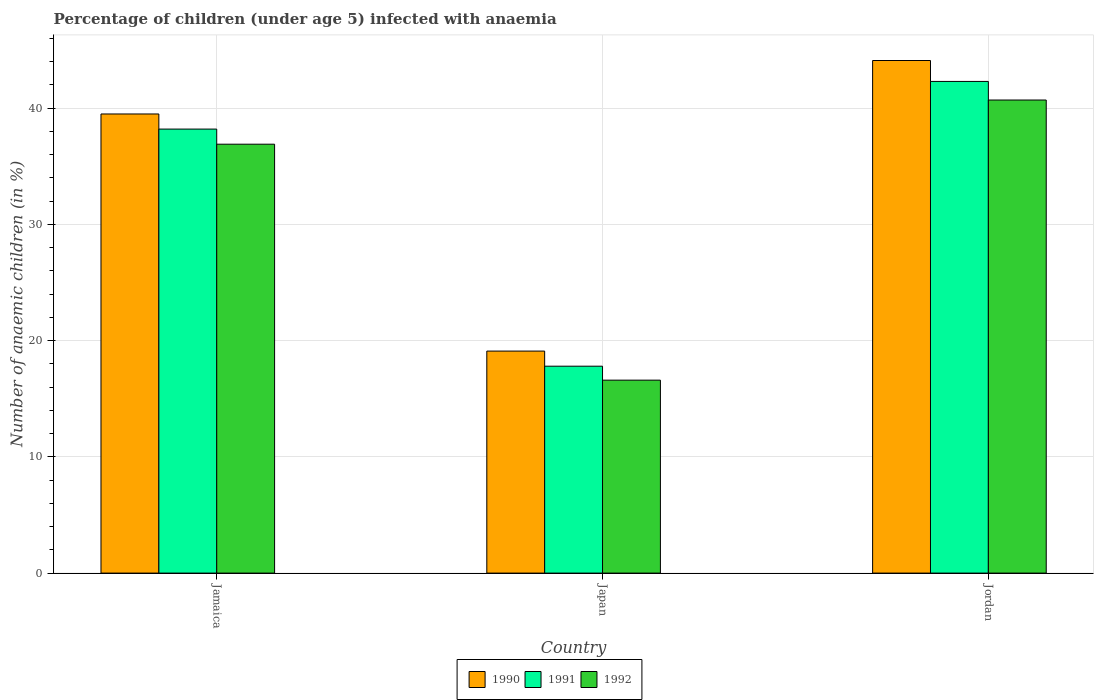
| Country | 1990 | 1991 | 1992 |
 | --- | --- | --- | --- |
 | Jamaica | 39.5 | 38.2 | 36.9 |
 | Japan | 19.1 | 17.8 | 16.6 |
 | Jordan | 44.1 | 42.3 | 40.7 |